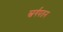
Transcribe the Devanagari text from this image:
स्वर्गपतन